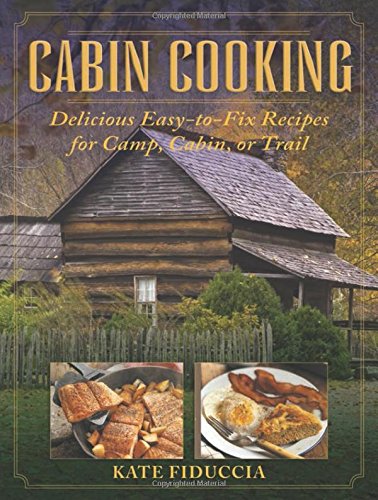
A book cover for Cabin Cooking: Delicious Easy-to-Fix Recipes for Camp, Cabin, or Trail; Kate Fiduccia; Cookbooks, Food & Wine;